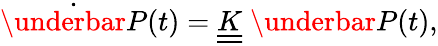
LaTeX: \dot{\underbar{P}}(t)=\underline{{\underline{{K}}}}\; \underbar{P}(t),